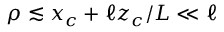
\rho \lesssim x _ { c } + \ell z _ { c } / L \ll \ell